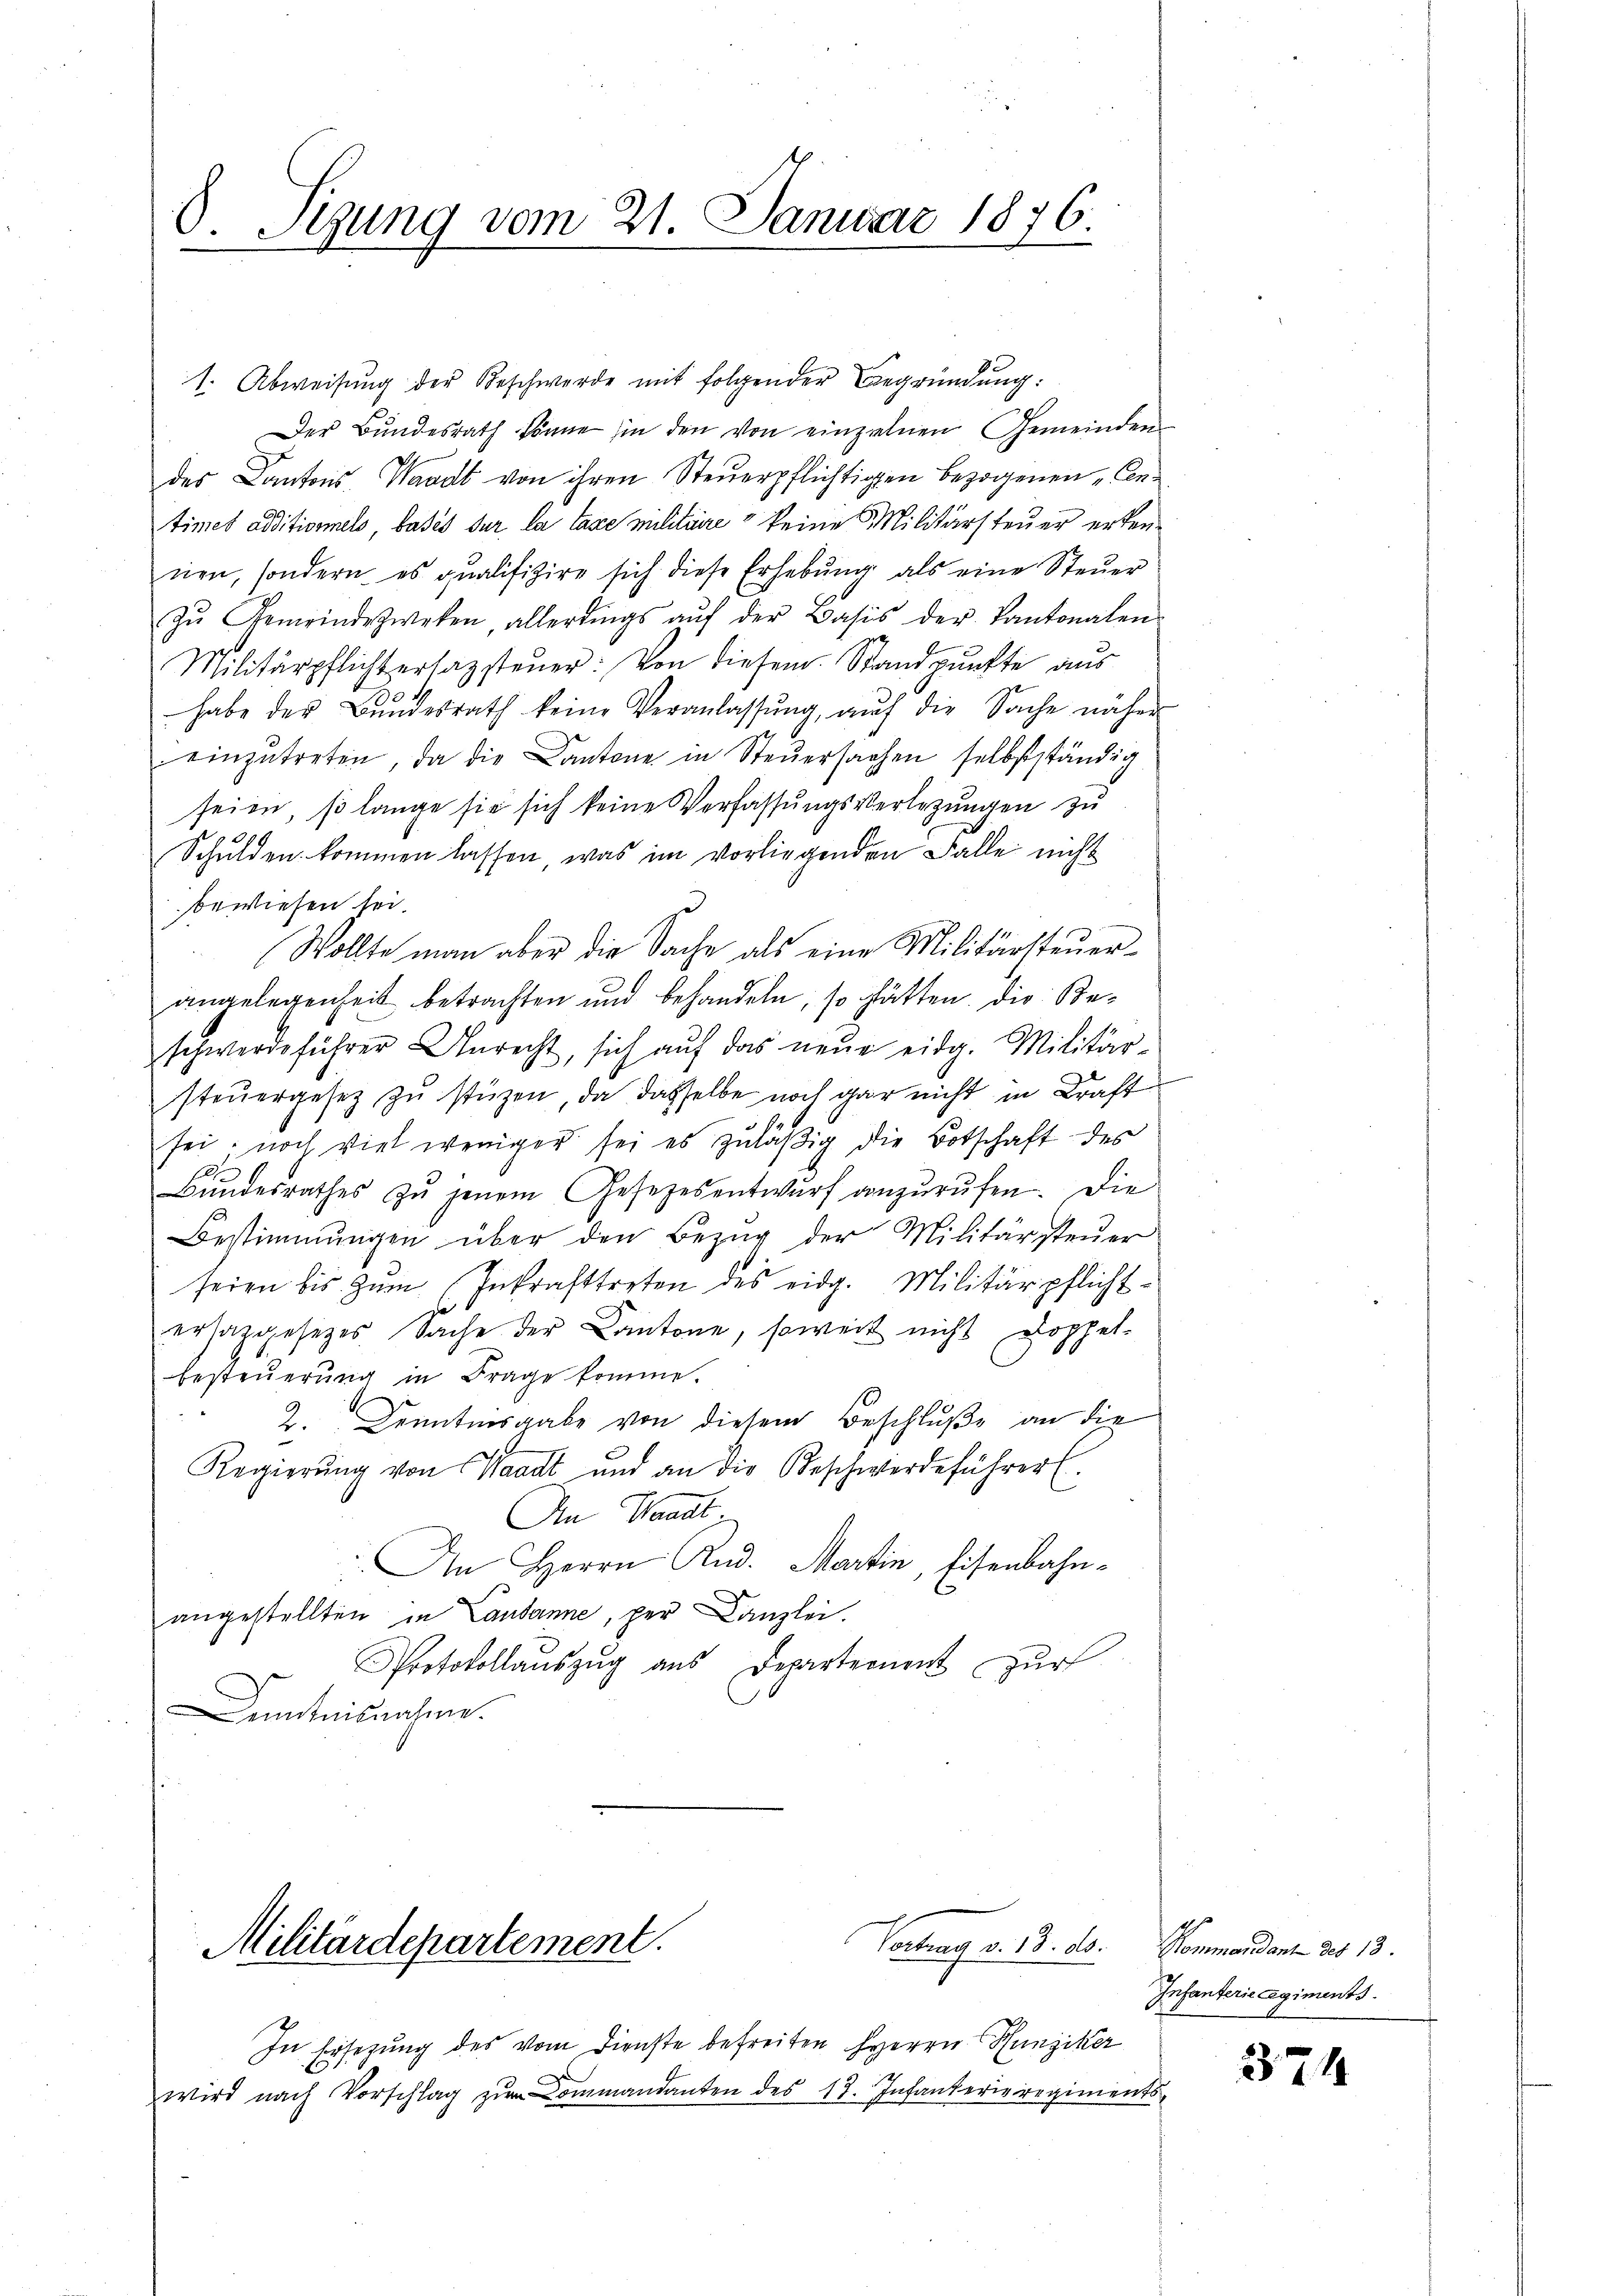
d. Tigung vom 21. Januar 1876.

1. Abweisung der Beschwerde mit folgender Begründung:
Der Bŭndesrath könne in den von einzelnen Gemeinden
des Cantons, Waadt von ihren Steuerpflichtigen bezogenen, Cantimes Editionnels, basis sur la taxe militaire keine Militärsteuer erken-
nen, sondern es qualifizire sich diese Erhebŭng als eine Steŭer
Zŭ Gemeindezweken, allerdings aŭf der Basis der Kantonalen
Militärpflichtersatzsteuer: Von diesem Standpunkte aus
habe des Bŭndesrath keine Veranlassŭng, aŭf die Sache näher
einzŭtreten, da die Cantone in Steŭersachen selbstständig
seien, so lange sie sich keine Verfassungsverlegungen zu
Schulden kommen lassen, was im vorliegenden Falle nicht
bewiesen sei
Wollte man aber die Sache als eine Militärsteuerangelegenheit betrachten und behandeln, so hätten. Die Beschwerdeführer Unrecht, sich aŭf das neŭe eidg. Militär-
steŭergesez zŭ stüzen, da dasselbe noch gar nicht in Kraft
sei, noch viel weniger sei es zuläßig die Botschaft des
Bŭndesrathes zŭ jenem Gesetzesentwŭrf anzŭrŭfen. Die
Bestimmungen über den Bezŭg der Militärsteŭer
seien bis zŭm Inkrafttreten des eidg. Militärpflichtersatzgesetzes Sache der Cantone, soweit nicht Doppel-
besteuerung in Frage komme.
2. Denntnisgabe von diesem Beschluße an die
Regierŭng von Waadt und an die Beschwerdeführer E
An Waadt
An Herrn Rud. Martin, Eisenbahnangestellten in Lausanne, per Canzlei.
Protokollauszug aus Departement zur
Kenntnisnahme.

Militärdepartement.

In Ersetzung des vom Dienste befreiten HHerrn Hunziker
wird nach Vorschlag zur Commandanten des 17. Infanterieregiments

Vortrag v. 18. d.

Kommandant des 13.
Infanterie Regiments.

374